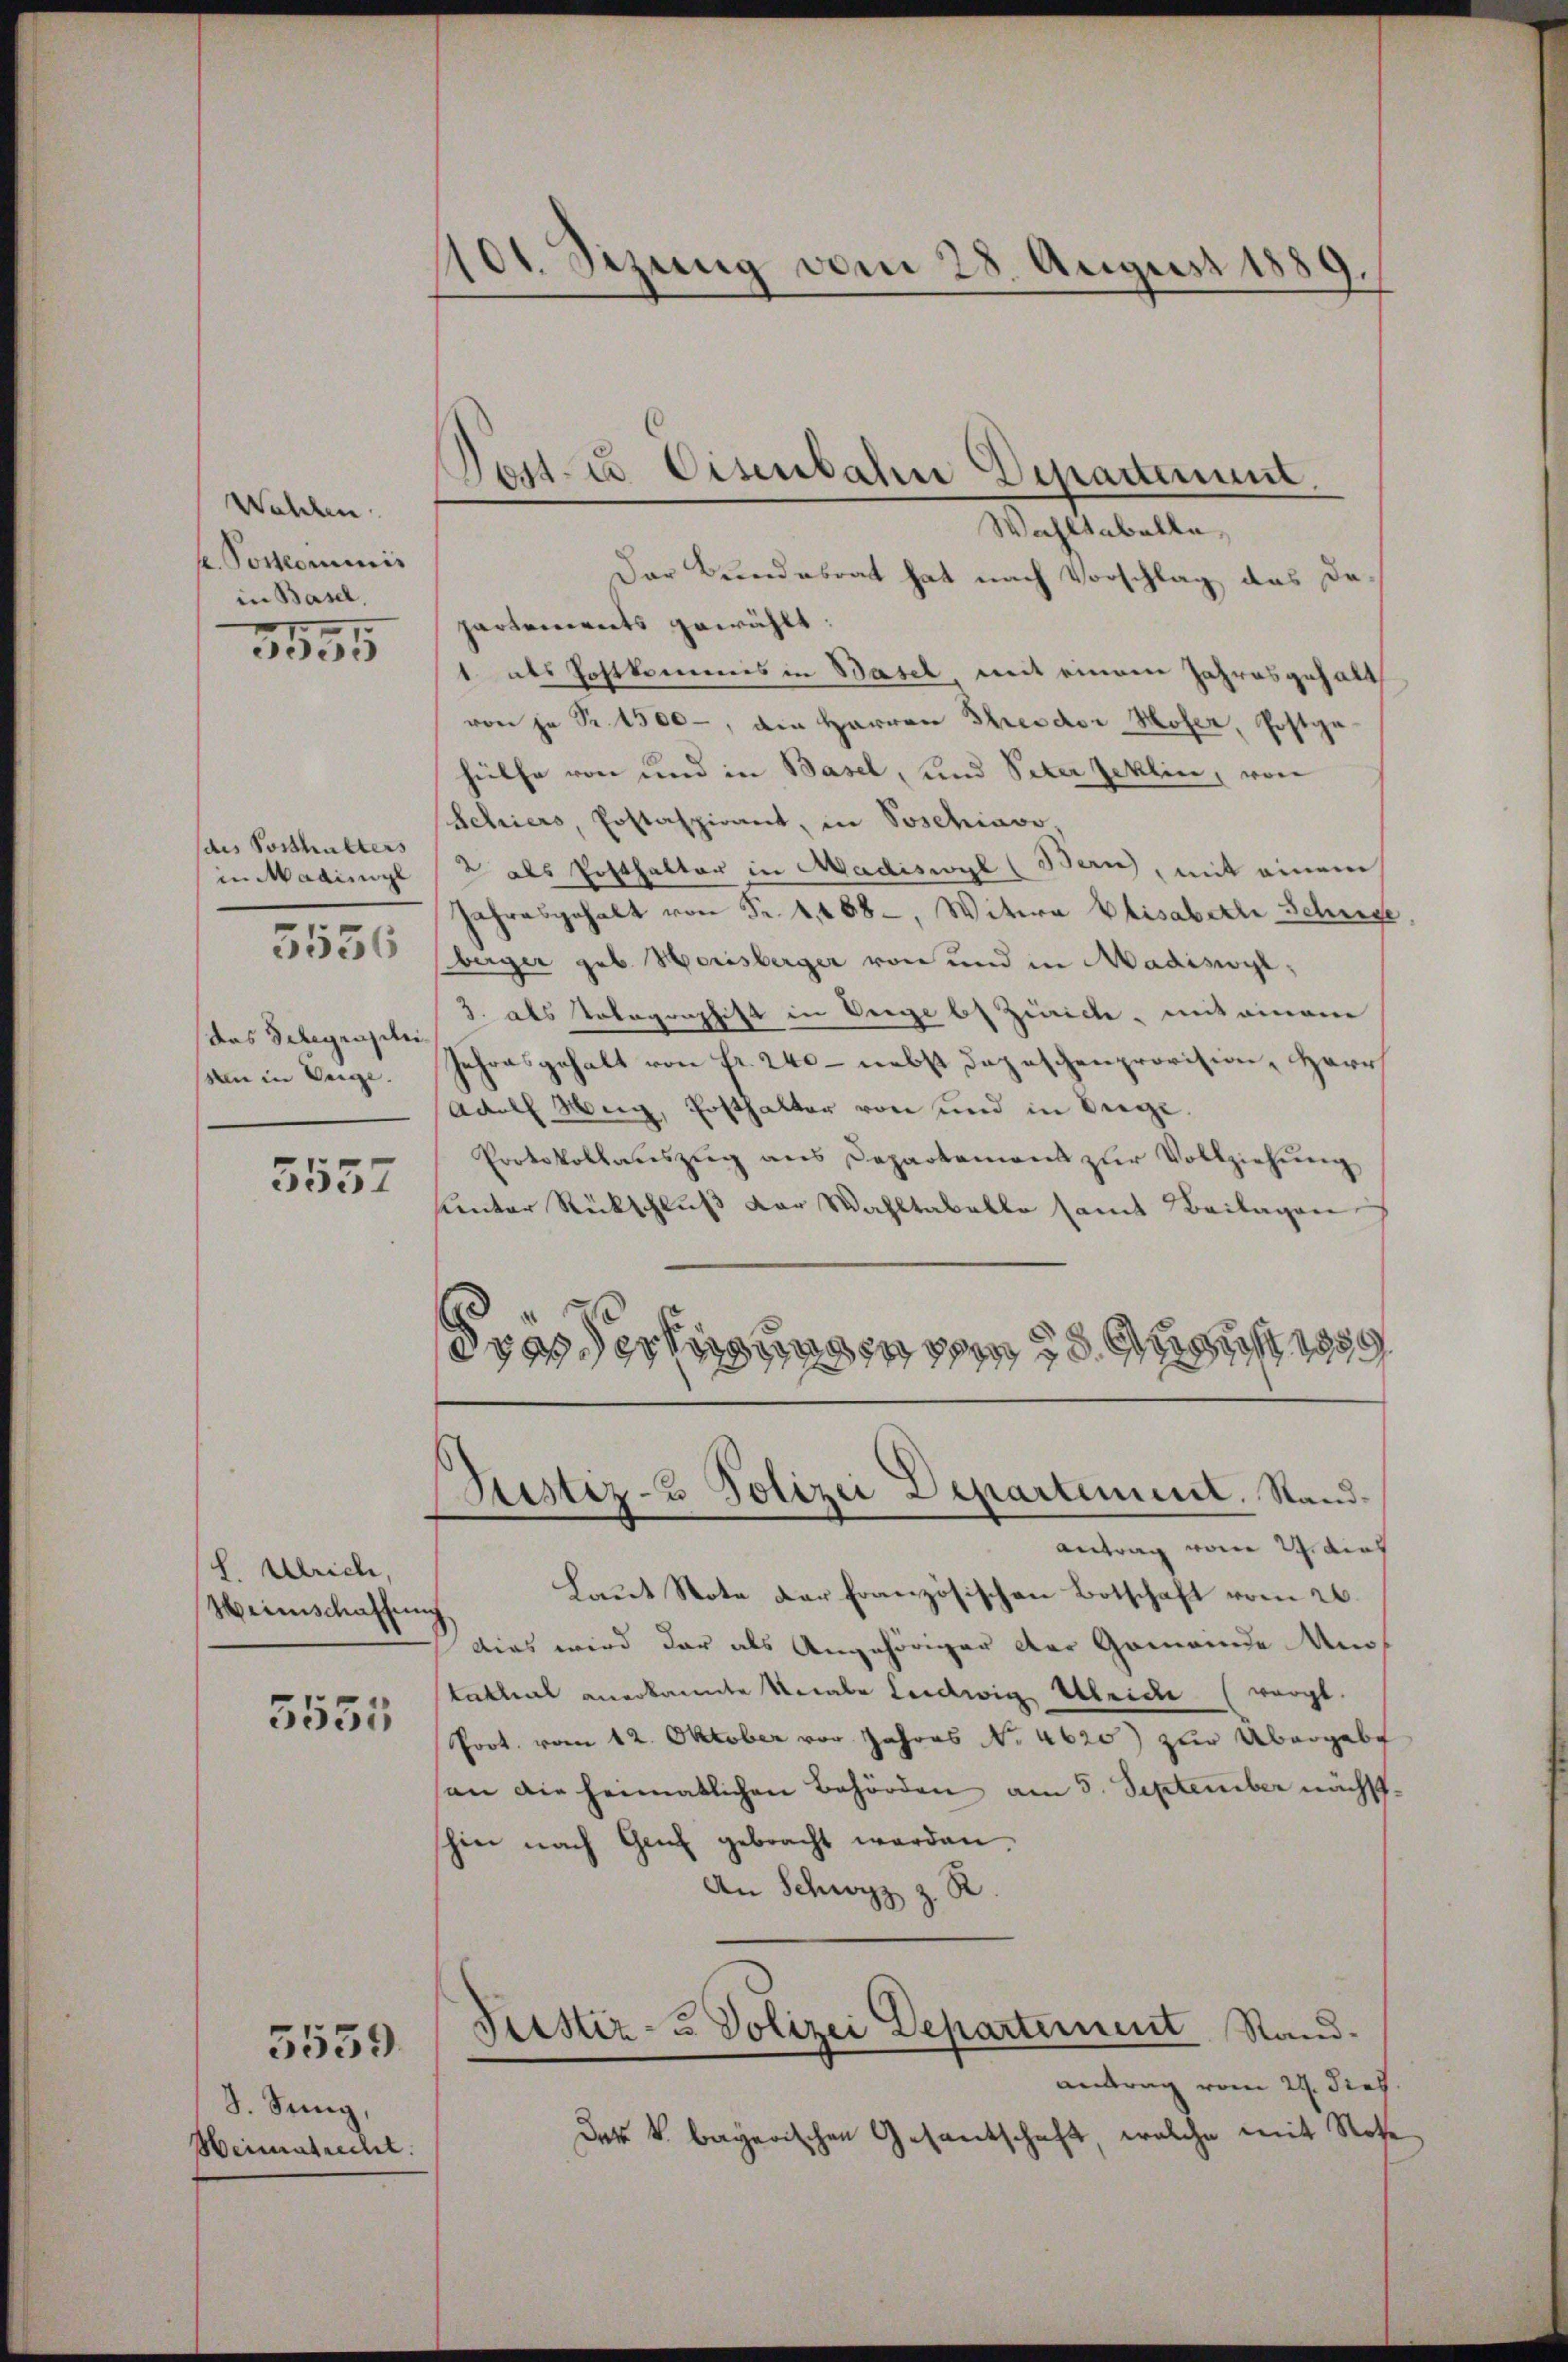
Walchen.
e. Porkommnis
in Basel,
3555

des Posthalters
in Madinige
das Telegenstei
von in Seige.

5556

5557

L. Ulrich,
Weinschaffen

5555

5559

8. Senig,
Heimatrecht.

¬
dt. Sizung vom 28. August 185

Wahltabelle
Der Bundesrat hat nach Vorschlag das dapartements gewählt:
1 als Postkommes in Basel, mit einem Jahresgehalt
von je Fr. 1500, die Herren Theodor Hofer, Postgehülfe von und in Basel, und Peter Zeklin, von
Schiers, Postaspirant, in Soschiavo,
2 als Posthalter in Madiswyl (Bern, mit einem
Jahresgehalt von Fr. 4, 458, Witwe Elisabette Schuse,
berger geb. Herisberger von und in Madisoyt¬
3. als Tobagraphift in Seege bt Zürichte, mit einem
Jahresgehalt von fr. 240 – nebst Depeschenprovision, Herr
Adolf Mong, Ersthalter von und in Siege.
Protokollaŭszŭg ans Departemens zŭr Vollziehŭng
hunter Rückschluß der Wahltabelle samt Beilagen
ädern st
Sistiz- & Polizei Departement. Sand¬
Antrag vom 24. dies
Laut Stote der französischen Botschaft vom 26.
d
dias wird der als Angehöriger der Gemeinde Auss
tathal anerkannte Knabe Ludwig Kleide (worgt.
Prot. vom 12. Oktober vor Jahres No. 4620) zur Übergabe
an die heimatlichen Behörden am 5. September nächstschien nach Genf gebracht werden.
An Schwyz z. R.
Leistiz- u Polizei Departement Stand-
antrag vom 24. Dieb
Der k. bayerischen Gesandschaft, welche mit Note

Post- u Eisenbahn Departement.